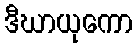
ဒီဃာယုကော